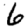
Digit: 6